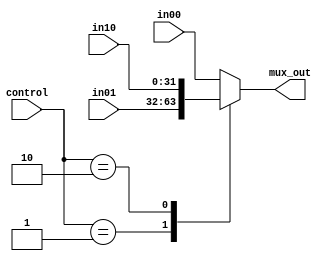
module mux_32bit_3to1 (in00, in01, in10, mux_out, control);
	input [31:0] in00, in01, in10;
	output [31:0] mux_out;
	input [1:0] control;
	reg [31:0] mux_out;
	always @(in00 or in01 or in10 or control)
	begin
		case(control)
		2'b00:mux_out<=in00;
		2'b01:mux_out<=in01;
		2'b10:mux_out<=in10;
		default: mux_out<=in00;
		endcase
	end 
endmodule